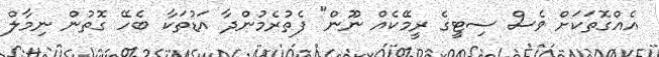
އެއްގޮތަކަށް ވެސް ސިޓީގެ ރީމޭކެއް ނޫން" ފެތުރެމުންދާ އަޑުތަކާ ބެހޭ ގޮތުން ނިމާލް